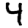
Digit: 4